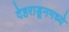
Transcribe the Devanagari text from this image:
देहराडूनमध्ये